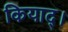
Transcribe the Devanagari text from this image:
कियाद्।